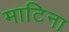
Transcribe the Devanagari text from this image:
माटिना